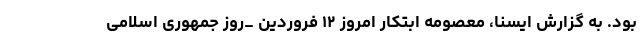
بود. به گزارش ایسنا، معصومه ابتکار امروز ۱۲ فروردین _روز جمهوری اسلامی